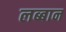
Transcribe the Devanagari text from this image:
लब्बान